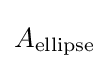
A_{\text{ellipse}}